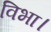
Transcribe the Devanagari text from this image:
विभा।